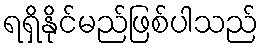
ရရှိနိုင်မည်ဖြစ်ပါသည်